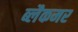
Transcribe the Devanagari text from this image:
ब्लैकमर